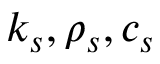
k _ { s } , \rho _ { s } , c _ { s }